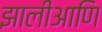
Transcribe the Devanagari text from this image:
झालीआणि